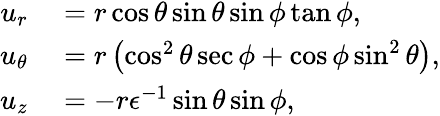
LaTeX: \begin{array}{rl}{u_{r}}&{{}=r\cos\theta\sin\theta\sin\phi\tan\phi,}\\ {u_{\theta}}&{{}=r\left(\cos^{2}\theta\sec\phi+\cos\phi\sin^{2}\theta\right),}\\ {u_{z}}&{{}=-r\epsilon^{-1}\sin\theta\sin\phi,}\end{array}